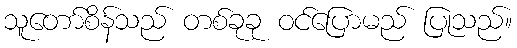
သူတော်စိန်သည် တစ်ခုခု ဝင်ပြောမည် ပြုသည်။